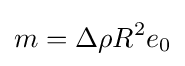
m=\Delta \rho R^{2}e_{0}